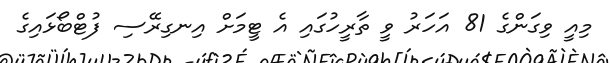
މިއީ ވިގަންގެ 81 އަހަރު ވީ ތާރީހުގައި އެ ޓީމަށް އިނގިރޭސި ފުޓްބޯޅައިގެ